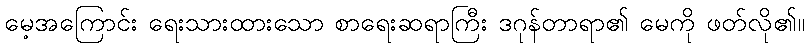
မေ့အကြောင်း ရေးသားထားသော စာရေးဆရာကြီး ဒဂုန်တာရာ၏ မေကို ဖတ်လို၏။